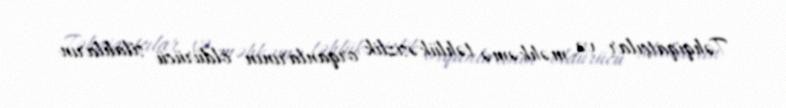
Təhqiqatçılar və məhkəmə təhlükəsizlik orqanlarının öldürücü silahların